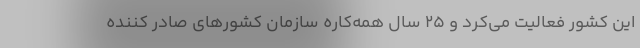
این کشور فعالیت می‌کرد و ۲۵ سال همه‌کاره سازمان کشورهای صادر کننده